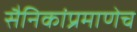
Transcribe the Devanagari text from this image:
सैनिकांप्रमाणेच